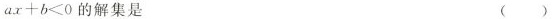
$$a x + b < 0$$的解集是 ( )